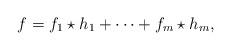
LaTeX: \begin{align*}f=f_1\star h_1+\cdots+f_m\star h_m,\end{align*}